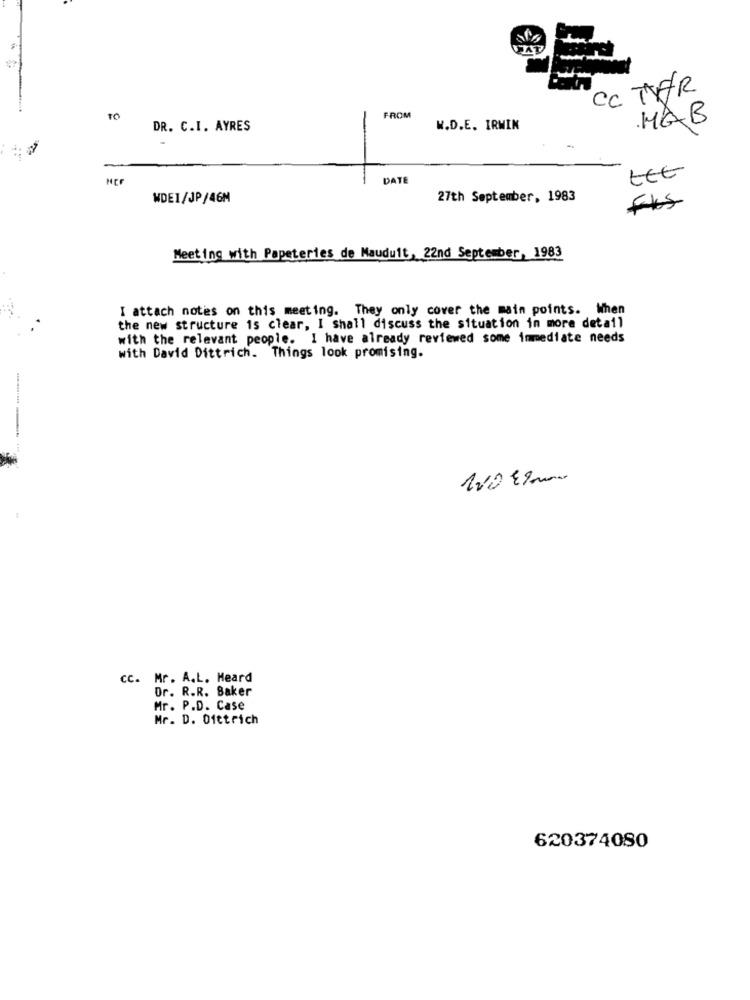
Cc TVAR
TO
FROM
HAB
DR. C.I. AYRES
W.D.E. IRWIN
LEE
DATE
WDEI/JP/46M
27th September, 1983
FIS
Meeting with Papeteries de Mauduit, 22nd September, 1983
I attach notes on this meeting. They only cover the main points. When
the new structure is clear, I shall discuss the situation in more detail
with the relevant people. I have already reviewed some immediate needs
with David Dittrich. Things look promising.
120 €/ mon
cc. Mr. A.L. Heard
Dr. R.R. Baker
Mr. P.D. Case
Mr. D. Dittrich
620374080